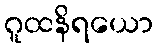
ဂူထနိရယော